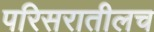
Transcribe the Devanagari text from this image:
परिसरातीलच